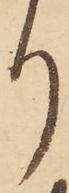
り